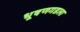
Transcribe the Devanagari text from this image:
भूषणगडला